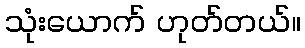
သုံးယောက် ဟုတ်တယ်။